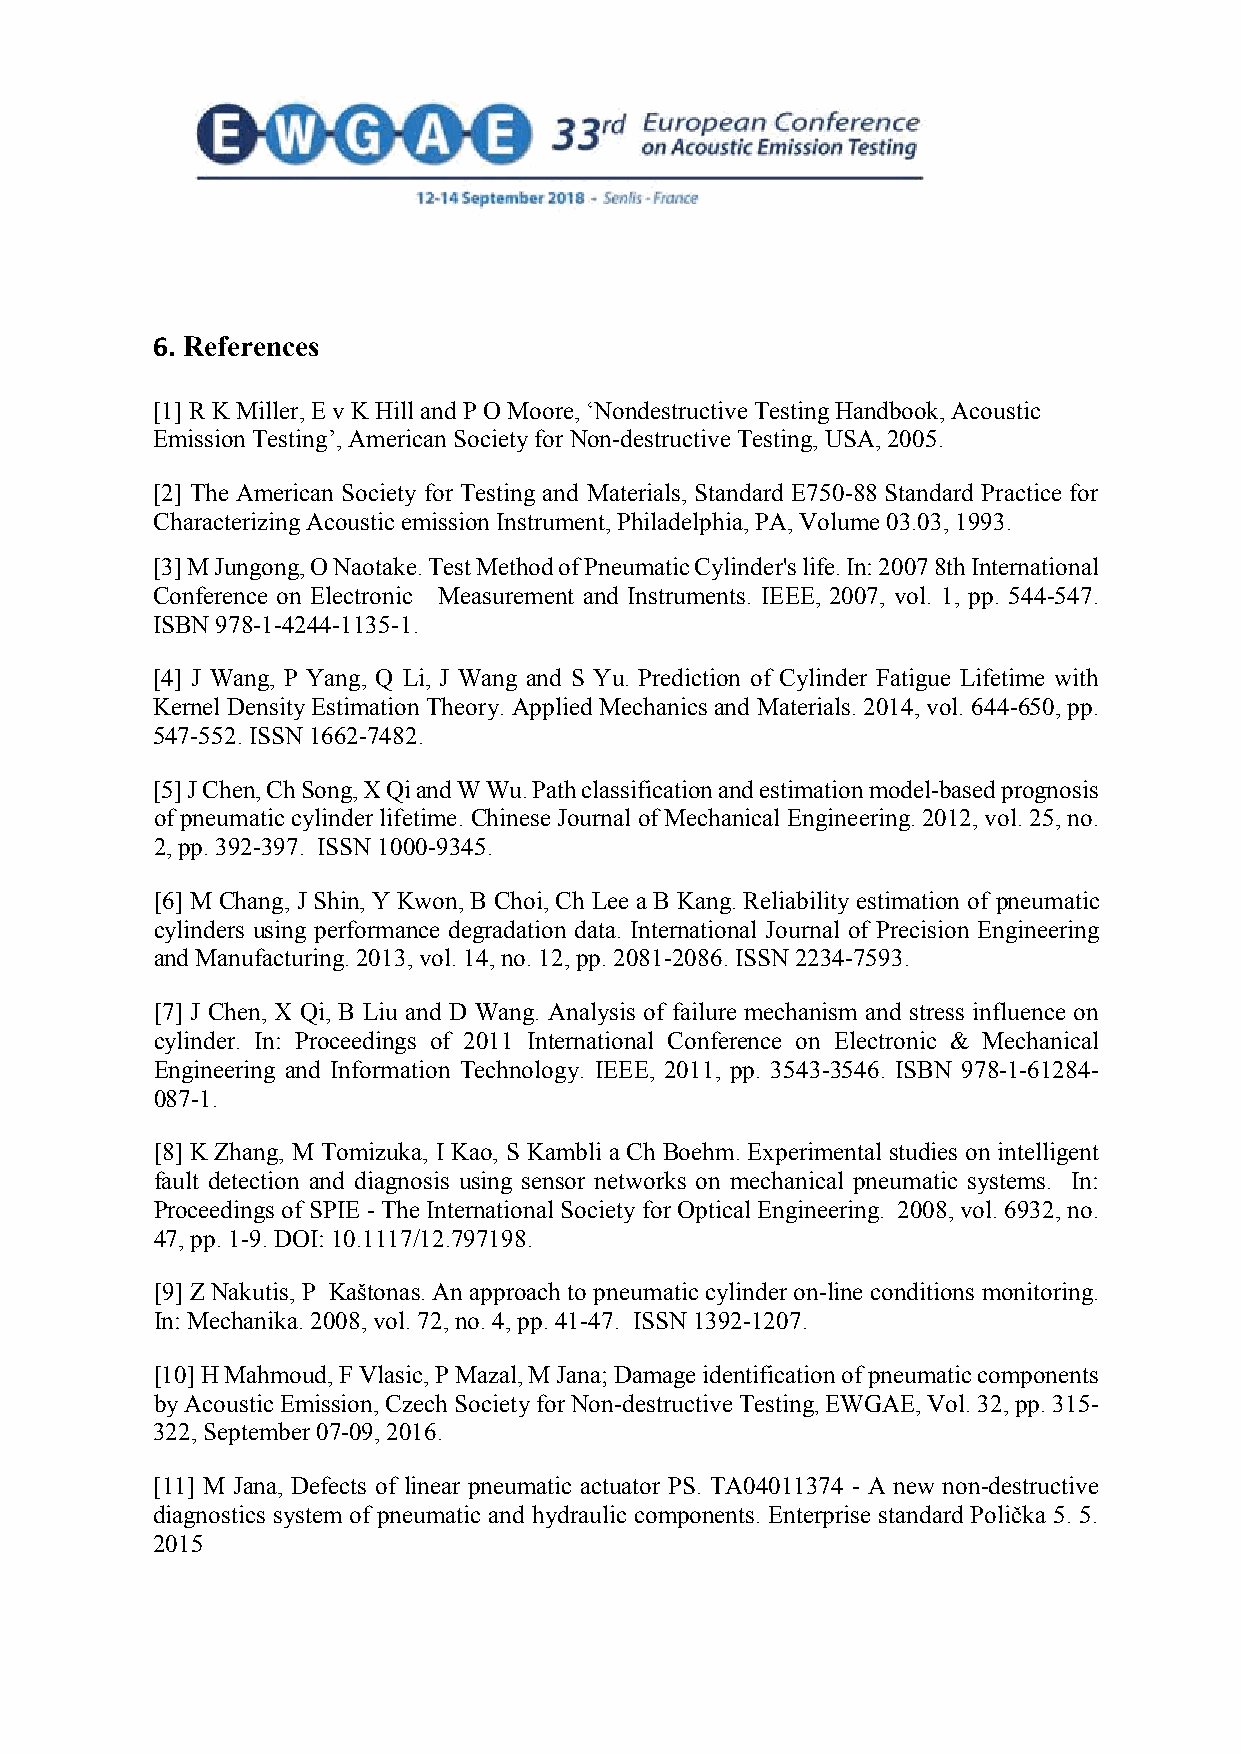
6. References
 [1]R K Miller, E v K Hill and P O Moore, ‘Nondestructive Testing Handbook, Acoustic
 Emission Testing’, American Society for Non-destructive Testing, USA, 2005.
 [2] The American Society for Testing and Materials, Standard E750-88 Standard Practice for
 Characterizing Acoustic emission Instrument, Philadelphia, PA, Volume 03.03, 1993.
 [3]M Jungong, O Naotake. Test Method of Pneumatic Cylinder's life. In: 2007 8th International
 Conference on Electronic Measurement and Instruments. IEEE, 2007, vol. 1, pp. 544-547.
 ISBN 978-1-4244-1135-1.
 [4] J Wang, P Yang, Q Li, J Wang and S Yu. Prediction of Cylinder Fatigue Lifetime with
 Kernel Density Estimation Theory. Applied Mechanics and Materials. 2014, vol. 644-650, pp.
 547-552. ISSN 1662-7482.
 [5]J Chen, Ch Song, X Qi and W Wu. Path classification and estimation model-based prognosis
 of pneumatic cylinder lifetime. Chinese Journal of Mechanical Engineering. 2012, vol. 25, no.
 2, pp. 392-397. ISSN 1000-9345.
 [6] M Chang, J Shin, Y Kwon, B Choi, Ch Lee a B Kang. Reliability estimation of pneumatic
 cylinders using performance degradation data. International Journal of Precision Engineering
 and Manufacturing. 2013, vol. 14, no. 12, pp. 2081-2086. ISSN 2234-7593.
 [7] J Chen, X Qi, B Liu and D Wang. Analysis of failure mechanism and stress influence on
 cylinder. In: Proceedings of 2011 International Conference on Electronic & Mechanical
 Engineering and Information Technology. IEEE, 2011, pp. 3543-3546. ISBN 978-1-61284-
 087-1.
 [8] K Zhang, M Tomizuka, I Kao, S Kambli a Ch Boehm. Experimental studies on intelligent
 fault detection and diagnosis using sensor networks on mechanical pneumatic systems. In:
 Proceedings of SPIE - The International Society for Optical Engineering. 2008, vol. 6932, no.
 47, pp. 1-9. DOI: 10.1117/12.797198.
 [9] Z Nakutis, P Kaštonas. An approach to pneumatic cylinder on-line conditions monitoring.
 In: Mechanika. 2008, vol. 72, no. 4, pp. 41-47. ISSN 1392-1207.
 [10]H Mahmoud, F Vlasic, P Mazal, M Jana; Damage identification of pneumatic components
 by Acoustic Emission, Czech Society for Non-destructive Testing, EWGAE, Vol. 32, pp. 315-
 322, September 07-09, 2016.
 [11] M Jana, Defects of linear pneumatic actuator PS. TA04011374 - A new non-destructive
 diagnostics system of pneumatic and hydraulic components. Enterprise standard Polička 5. 5.
 2015